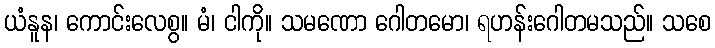
ယံနူန၊ ကောင်းလေစွ။ မံ၊ ငါကို။ သမဏော ဂေါတမော၊ ရဟန်းဂေါတမသည်။ သစေ